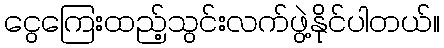
ငွေကြေးထည့်သွင်းလက်ဖွဲ့နိုင်ပါတယ်။